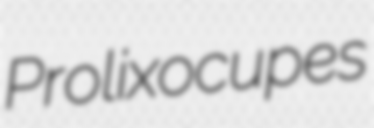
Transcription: Prolixocupes